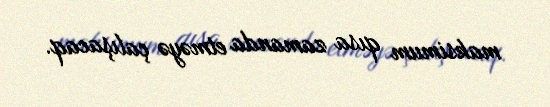
maksimum qısa zamanda etməyə çalışacaq.